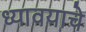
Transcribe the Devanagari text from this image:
ध्यावयाचे